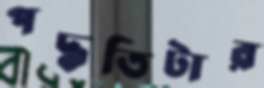
পদ্ধতিটার